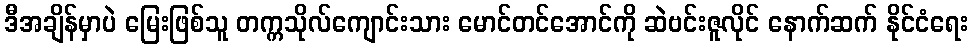
ဒီအချိန်မှာပဲ မြေးဖြစ်သူ တက္ကသိုလ်ကျောင်းသား မောင်တင်အောင်ကို ဆဲဗင်းဇူလိုင် နောက်ဆက် နိုင်ငံရေး